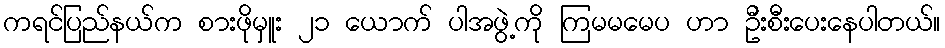
ကရင်ပြည်နယ်က စားဖိုမှူး ၂၁ ယောက် ပါအဖွဲ့ကို ကြမမမေပ ဟာ ဦးစီးပေးနေပါတယ်။